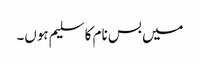
میں بس نام کا سلیم ہوں۔